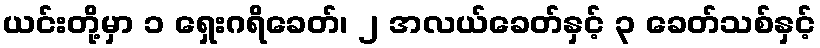
ယင်းတို့မှာ ၁ ရှေးဂရိခေတ်၊ ၂ အလယ်ခေတ်နှင့် ၃ ခေတ်သစ်နှင့်